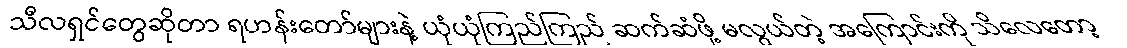
သီလရှင်တွေဆိုတာ ရဟန်းတော်များနဲ့ ယုံယုံကြည်ကြည် ဆက်ဆံဖို့ မလွယ်တဲ့ အကြောင်းကို သိလေတော့